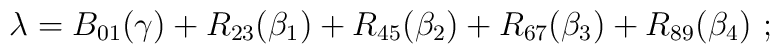
\lambda = B_{01}(\gamma) + R_{23}(\beta_1) + R_{45}(\beta_2) +    R_{67}(\beta_3) + R_{89}(\beta_4)~;